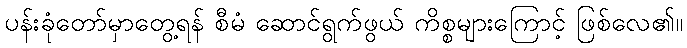
ပန်းခုံတော်မှာတွေ့ရန် စီမံ ဆောင်ရွက်ဖွယ် ကိစ္စများကြောင့် ဖြစ်လေ၏။